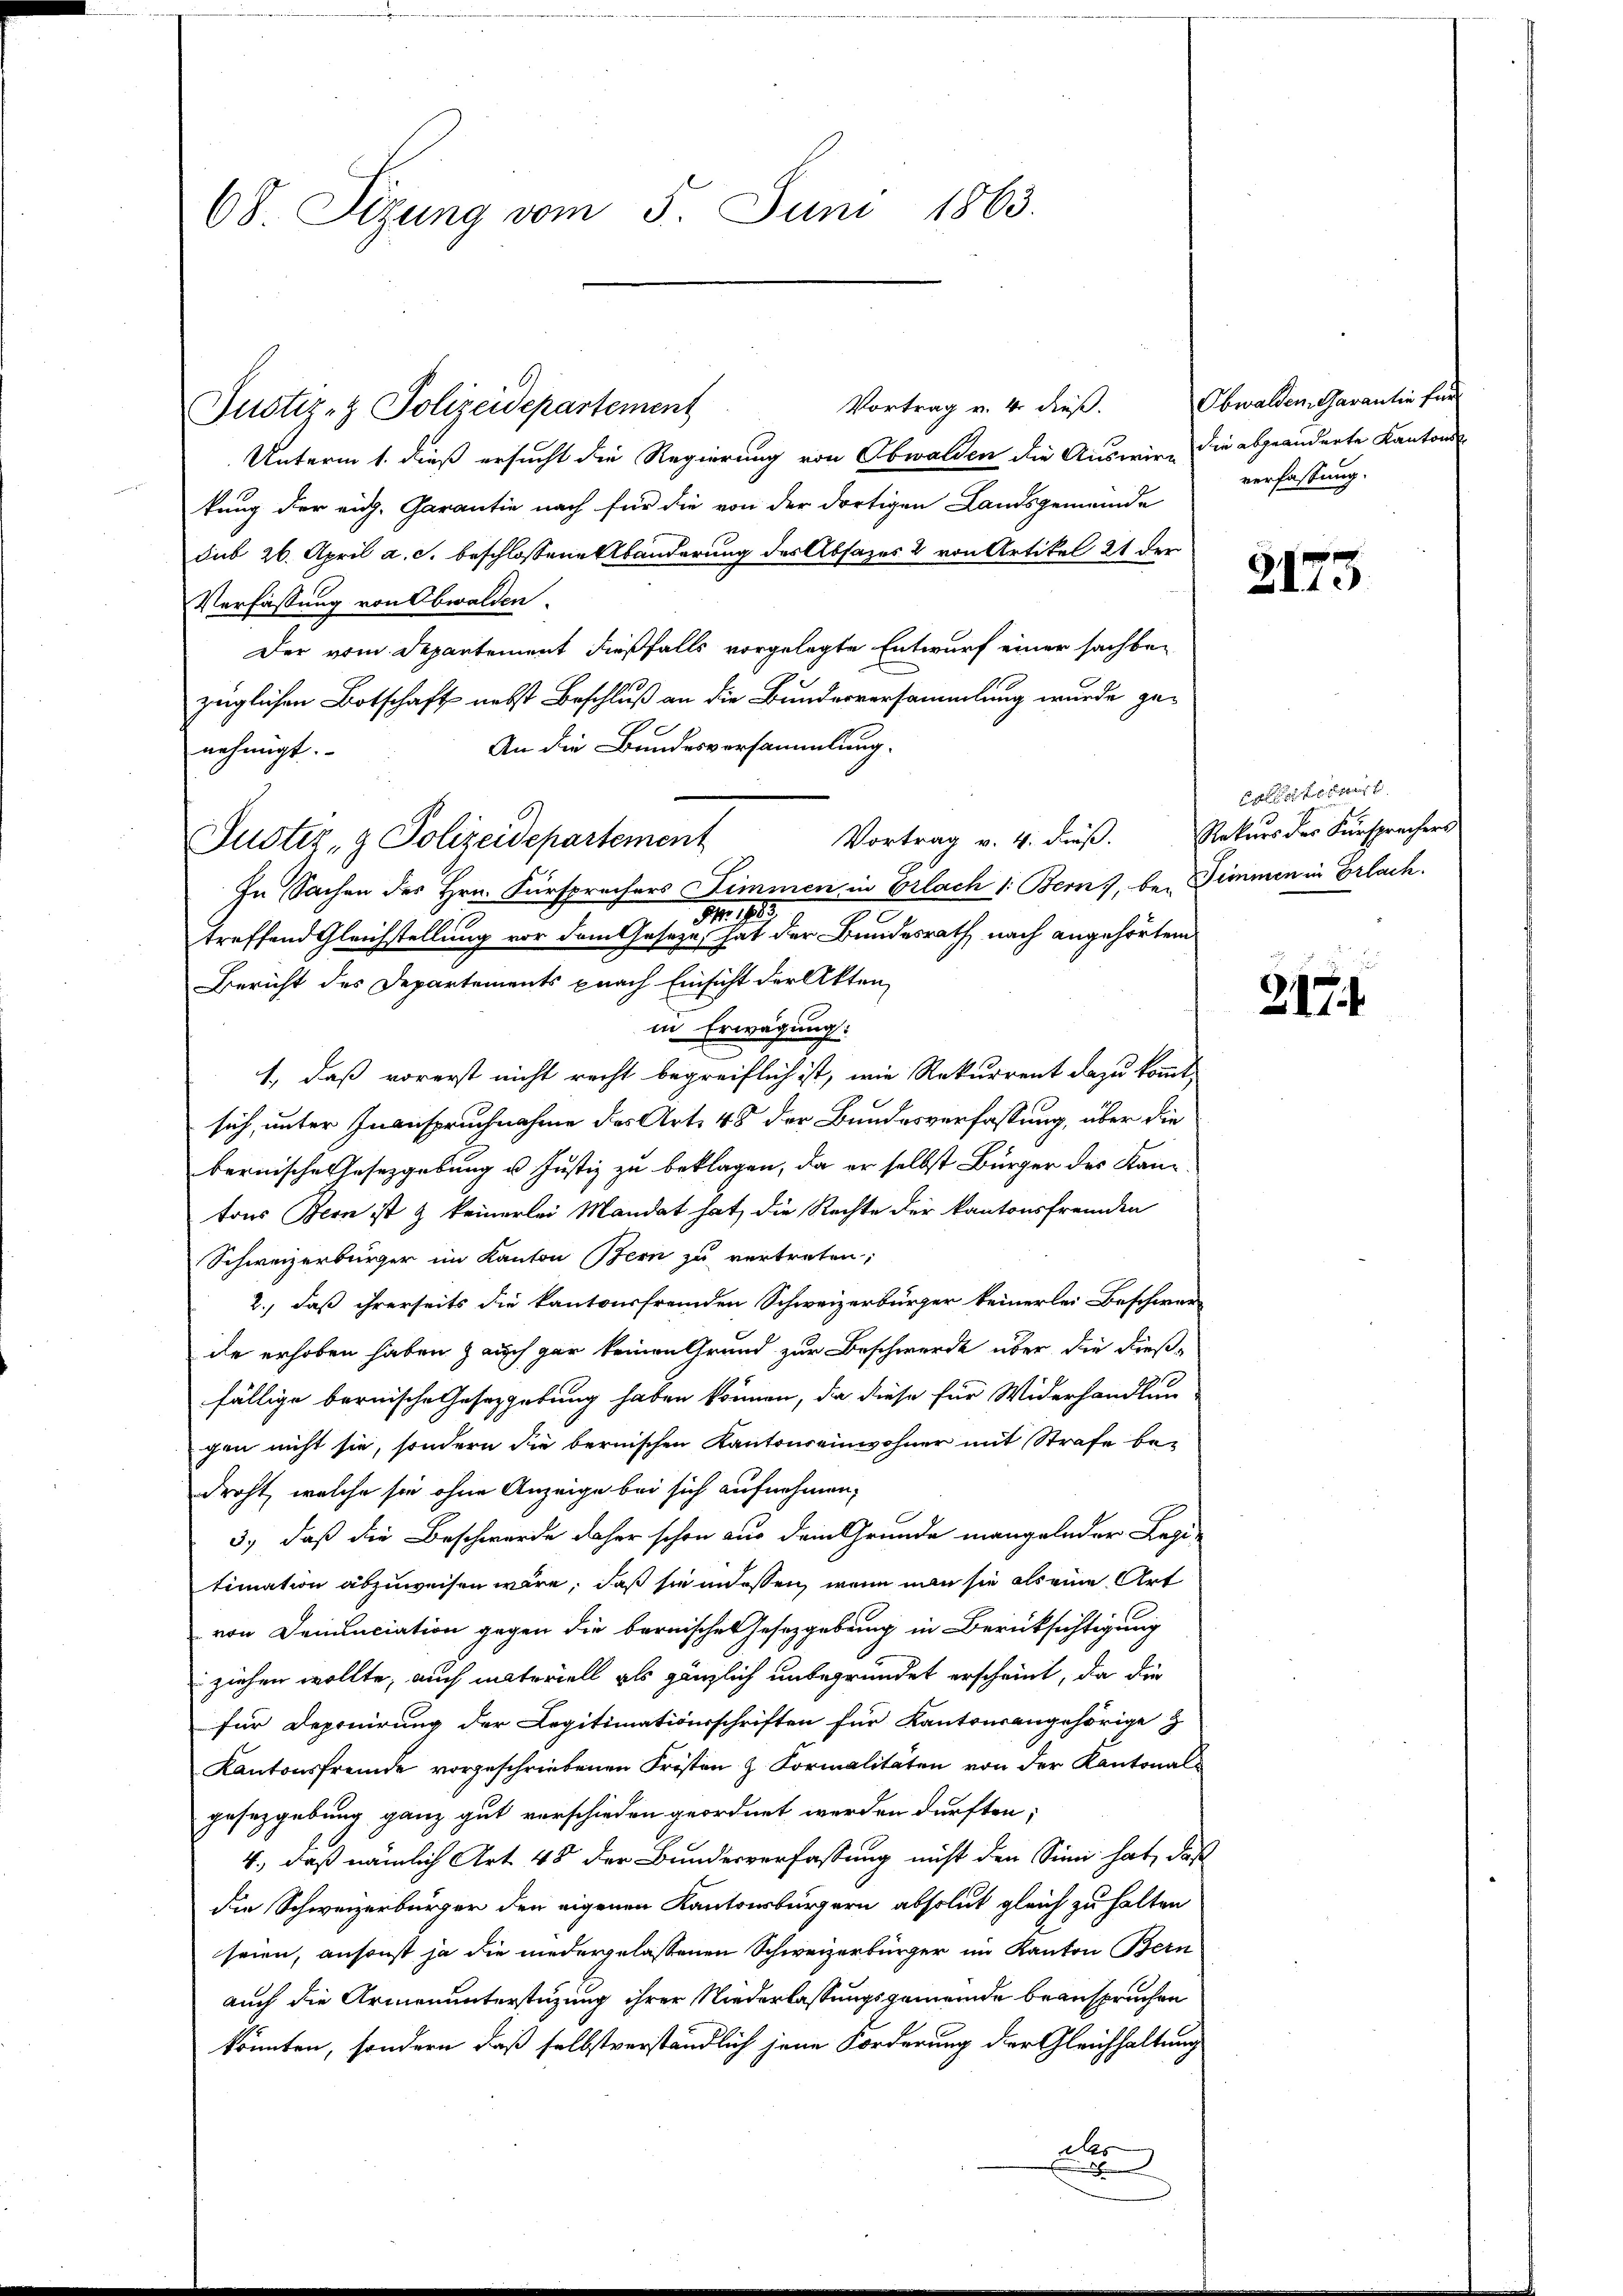
68 Sizung vom 5. Juni 1863.

Justiz- & Polizeidepartement

Vortrag v. 4. dieß.
Unterm 1. dieß ersucht die Regierung von Obwalden die Auswir die abgeänderte Kantonskung der eidg. Garantie nach für die von der dortigen Landsgemeinde
sub 26. April a. c. beschlossene Abänderung des Absatzes & von Artikel 21 der
Verfassung von Obwalden.
Der vom Departement dießfalls vorgelegte Entwurf einer sachbezüglichen Botschaft nebst Beschluß an die Bundesversammlung wurde ge-
An die Bundesvorsammlung.
nehmigt.
In Sachen des Hrn. Fürsprechers Zimmen in Orlach 1. Bern, bei Zimmen in Erlach.
213
.
treffend Gleichstellung vor dem Gesetze, hat der Bundesrath nach angehörtem
Bericht des Departements pnach Einsicht der Akten,
in Erwägung:
1., daß vorerst nicht recht begreiflich ist, wie Rekurrent dazu kommt,
sich, unter Inanspruchnahme des Art. 48 der Bundesverfassung, über die
bernische Gesetzgebung u. Justiz zu beklagen, da er selbst Bürger des Kantons Bern ist & keinerlei Mandat hat, die Rechte der kantonsfremden
Schweizerbürger im Kanton Bern zu vertreten;
2.) daß ihrerseits die kantonsfremden Schweizerbürger keinerlei Beschwer-
de erhoben haben auch gar keinen Grund zur Beschwerde über die dießfällige bernische Gesetzgebung haben können, da diese für Widerhandlung
gen nicht sie, sondern die bernischen Kantonseinwohner mit Strafe bedroht, welche sie ohne Anzeige bei sich aufnehmen,
3.) daß die Beschwerde daher schon aus dem Grunde mangelnder Legi-
timation abzuweisen wäre, daß sie indessen, wenn man sie als eine Art
von Denunciation gegen die bernisches Gesetzgebung in Berücksichtigung
ziehen wollte, auch materiell als gänzlich unbegründet erscheint, da die
für Deponirung der Legitimationsschriften für Kantonsangehörige
Kantonsfremde vorgeschriebenen Fristen z. Formalitäten von der Kantonalgesetzgebung ganz gut verschieden geordnet werden dürften;
4., daß nämlich Art. 48 der Bundesverfassung nicht den Sinn hat, daß
die Schweizerbürger den eigenen Kantonsbürgern absolut gleich zu halten
seien, ansonst ja die niedergelassenen Schweizerbürger im Kanton Bern
auch die Armenunterstüzung ihrer Niederlassungsgemeinde beanspruchen
könnten, sondern, daß selbstverständlich jene Forderung der Gleichhaltung
das
D

Justiz- & Polizeidepartement

Vortrag v. 4. dieβ. Rekŭrs der Fürsprachers

Obwalden Garantie für
verfassung.

2173

Cellerlebnis

217.